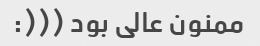
ممنون عالی بود (((: